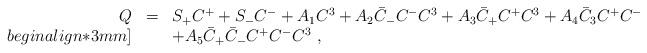
LaTeX: \begin{align*}\begin{array}{rcl}Q&=&S_+ C^+ + S_- C^- +A_1 C^3 + A_2 \bar{C}_- C^- C^3+A_3 \bar{C}_+ C^+ C^3 +A_4 \bar{C}_3 C^+ C^- \\begin{align*}3mm]&&+ A_5 \bar{C}_+ \bar{C}_- C^+ C^- C^3 ~,\end{array}\end{align*}